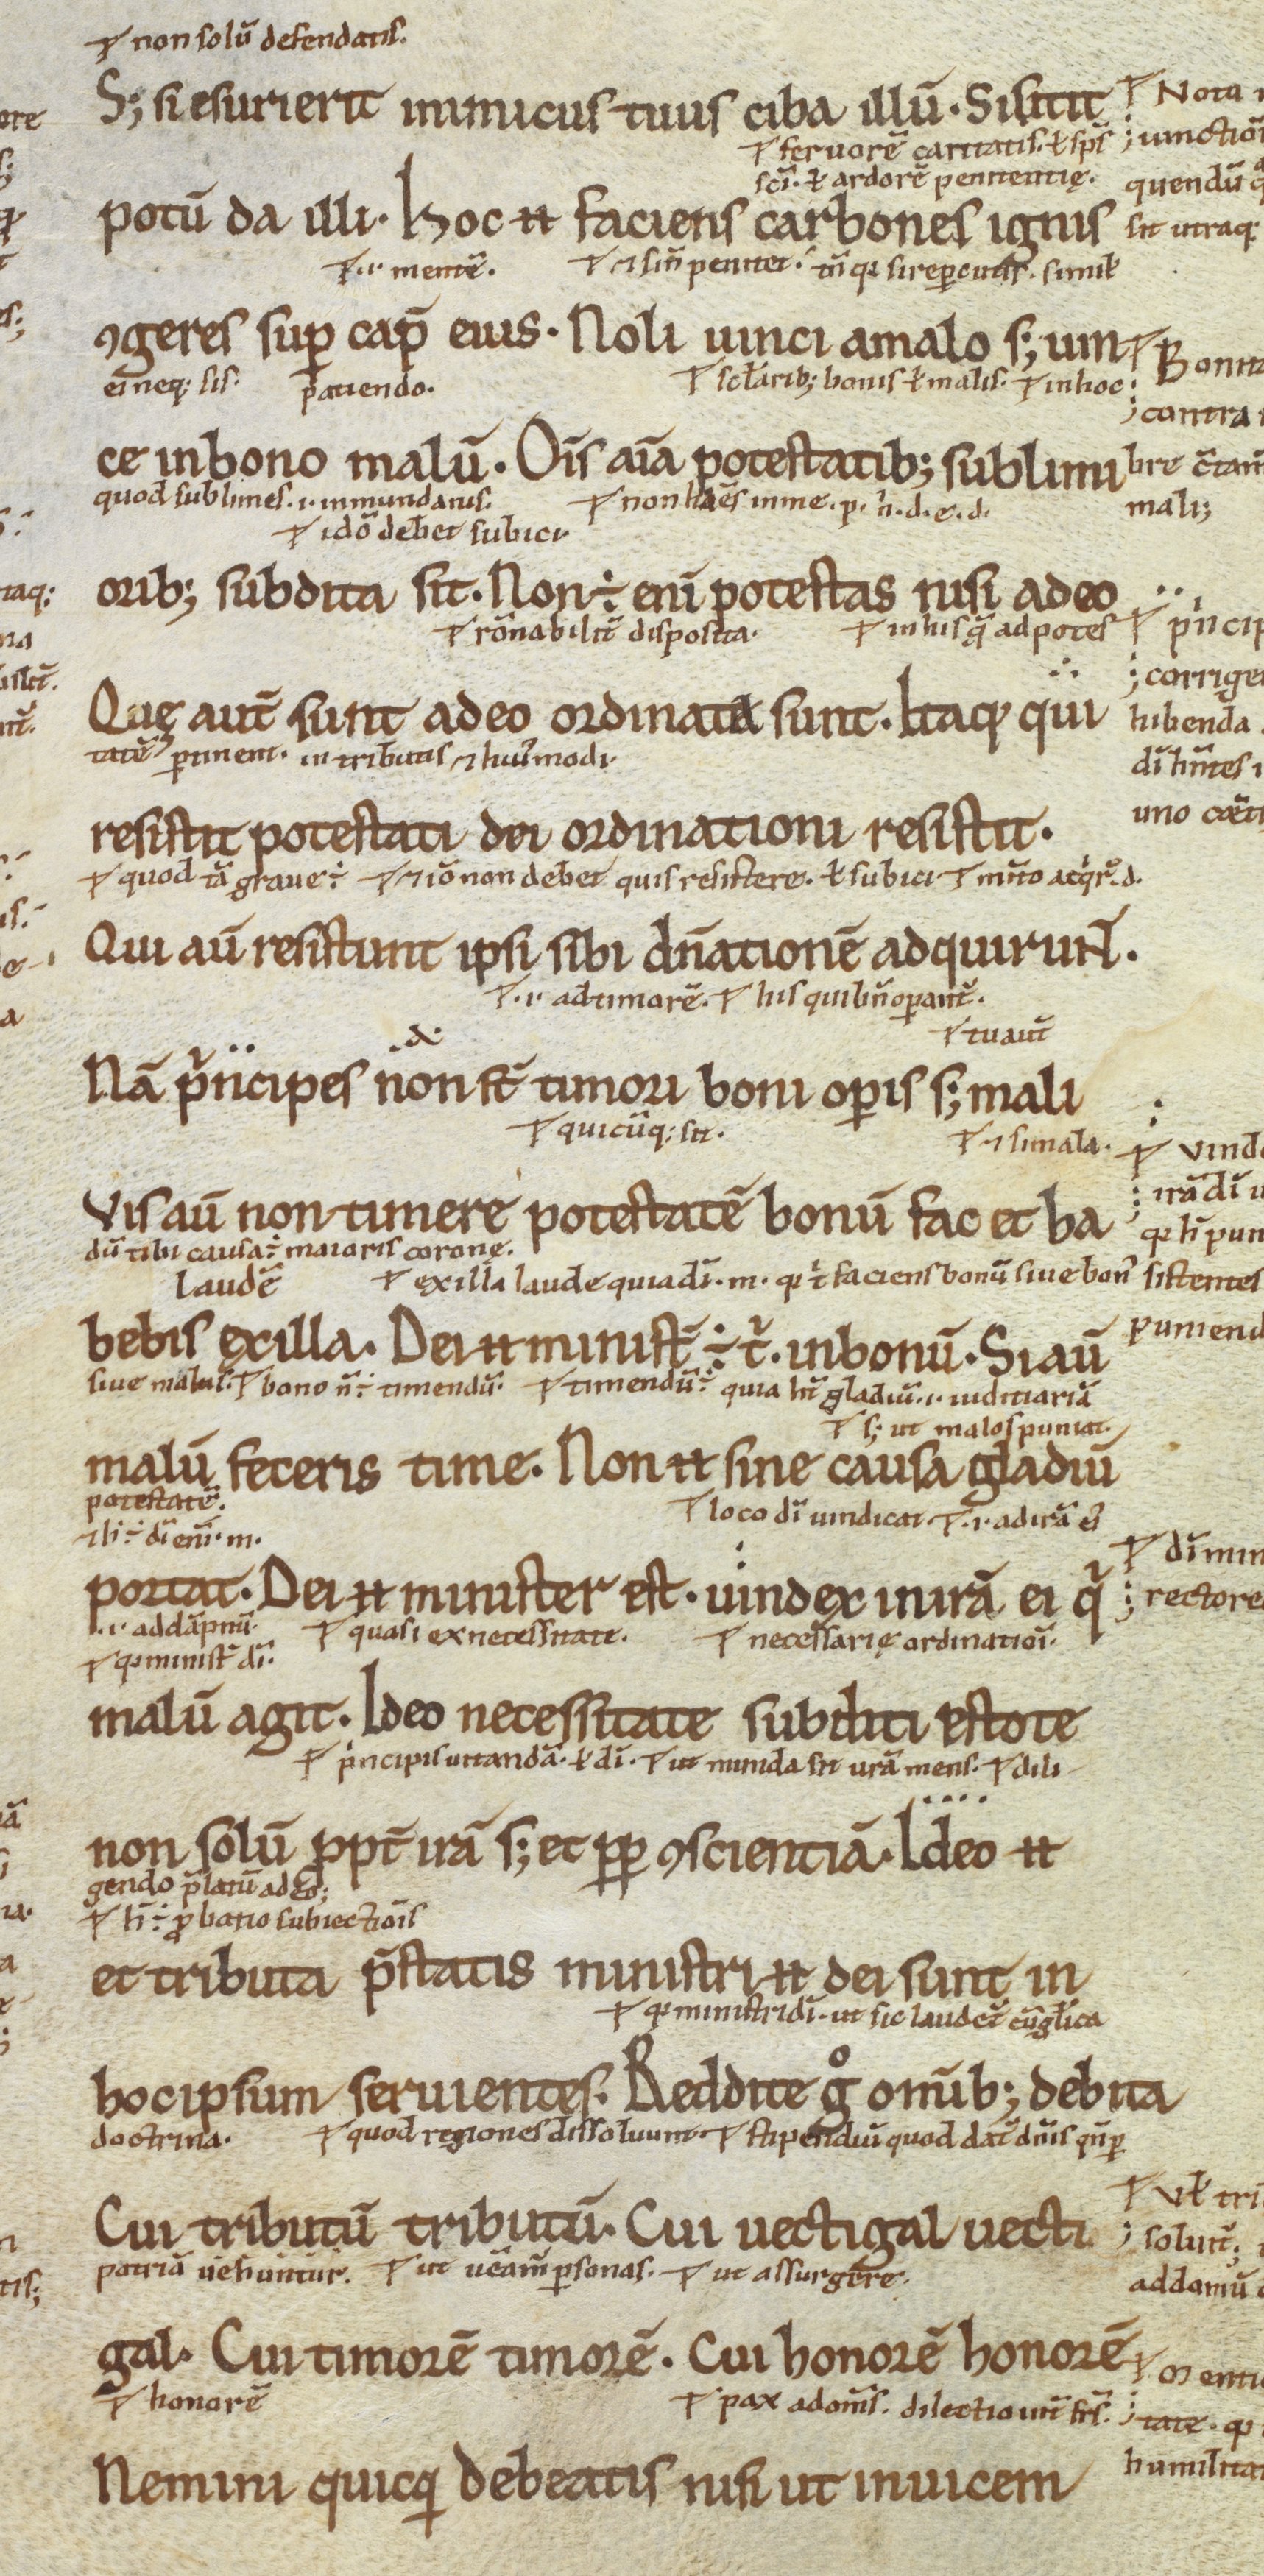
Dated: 1100–1199